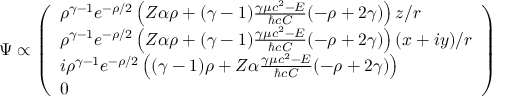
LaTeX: \Psi \propto { \left( \begin{array} { l } { \rho ^ { \gamma - 1 } e ^ { - \rho / 2 } \left( Z \alpha \rho + ( \gamma - 1 ) { \frac { \gamma \mu c ^ { 2 } - E } { \hbar c C } } ( - \rho + 2 \gamma ) \right) z / r } \\ { \rho ^ { \gamma - 1 } e ^ { - \rho / 2 } \left( Z \alpha \rho + ( \gamma - 1 ) { \frac { \gamma \mu c ^ { 2 } - E } { \hbar c C } } ( - \rho + 2 \gamma ) \right) ( x + i y ) / r } \\ { i \rho ^ { \gamma - 1 } e ^ { - \rho / 2 } \left( ( \gamma - 1 ) \rho + Z \alpha { \frac { \gamma \mu c ^ { 2 } - E } { \hbar c C } } ( - \rho + 2 \gamma ) \right) } \\ { 0 } \end{array} \right) }